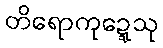
တိရောကုဍ္ဍေသု